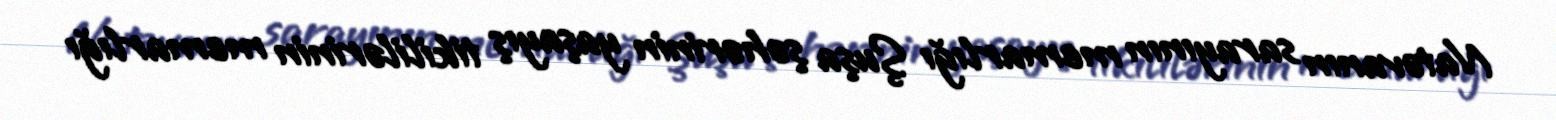
Natəvanın sarayının memarlığı Şuşa şəhərinin yaşayış tikililərinin memarlığı